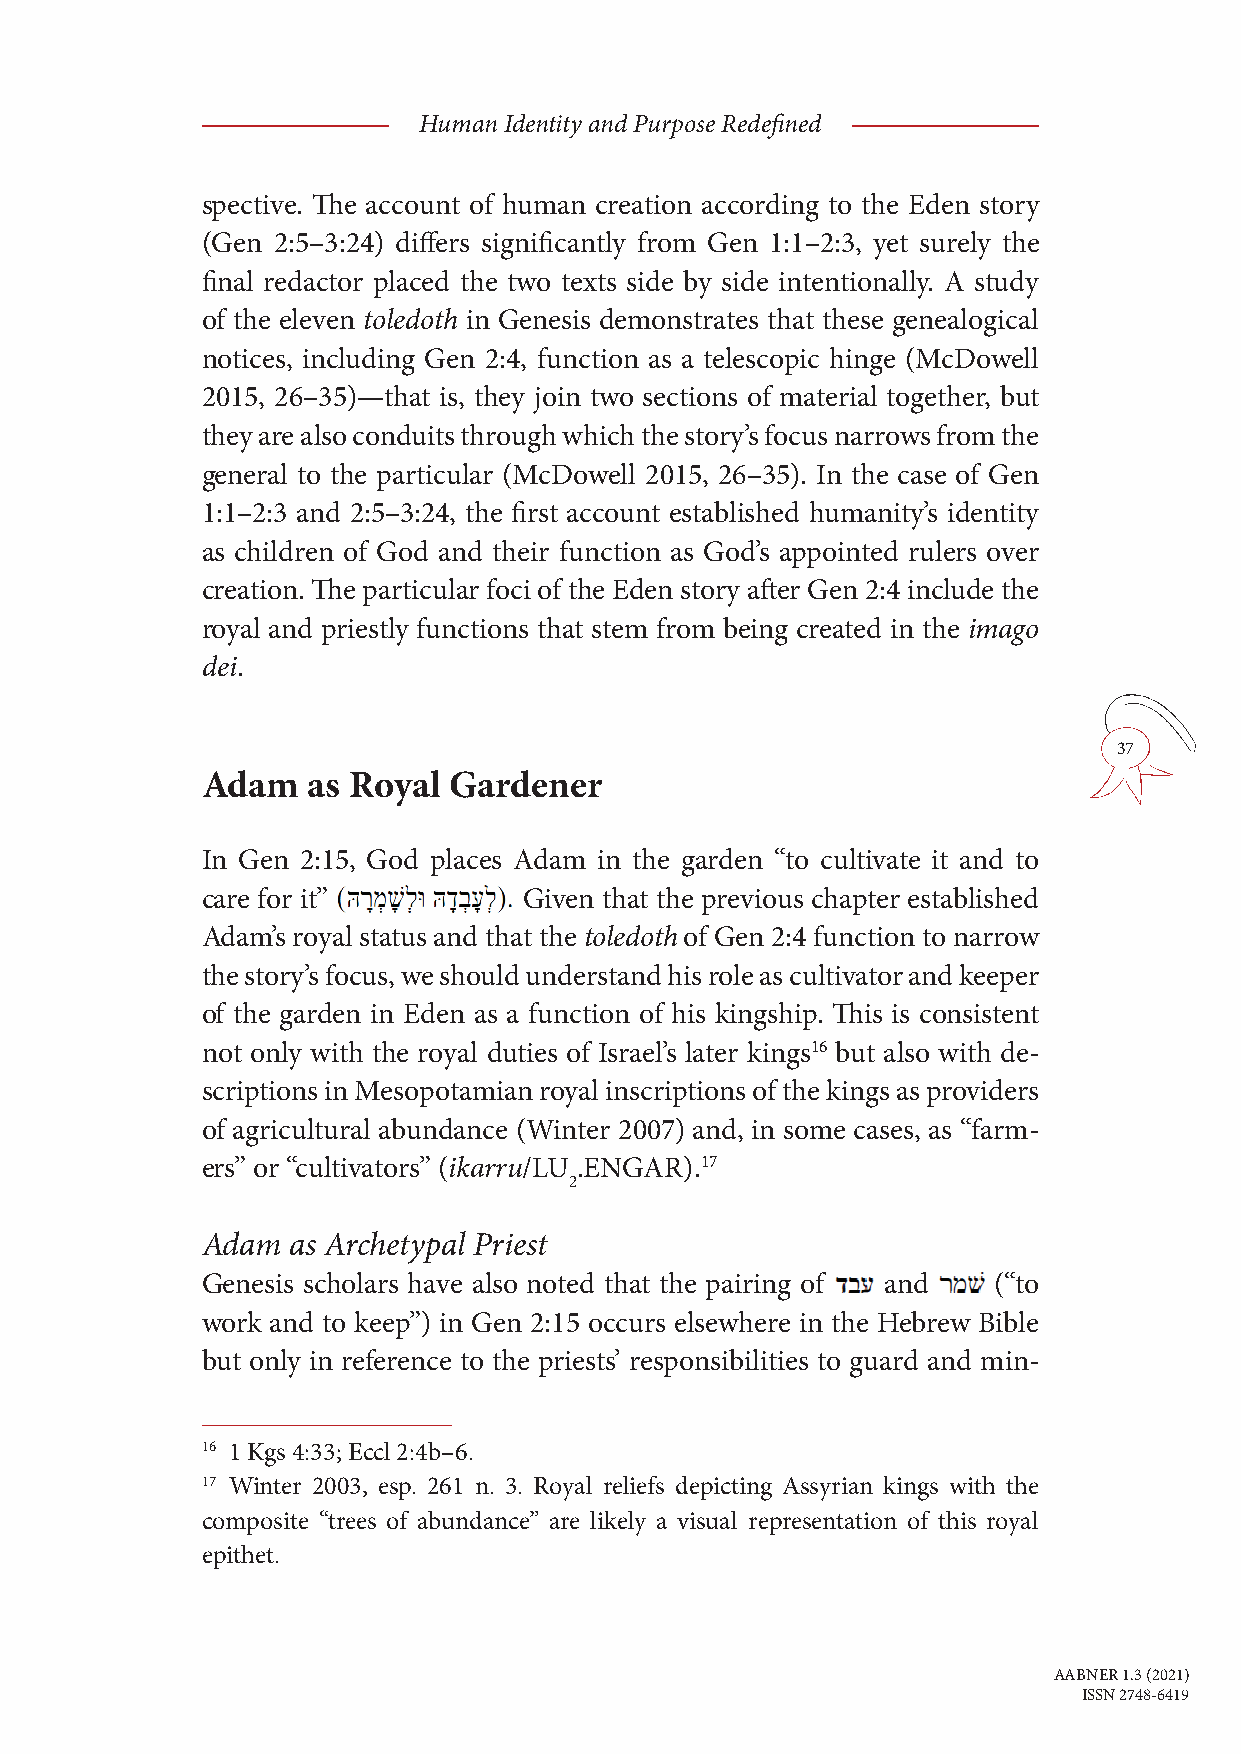
Human Identity and Purpose Redefined
 spective. The account of human creation according to the Eden story
 (Gen 2:5–3:24) differs significantly from Gen 1:1–2:3, yet surely the
 final redactor placed the two texts side by side intentionally. A study
 of the eleven toledoth in Genesis demonstrates that these genealogical
 notices, including Gen 2:4, function as a telescopic hinge (McDowell
 2015, 26–35)—that is, they join two sections of material together, but
 they are also conduits through which the story’s focus narrows from the
 general to the particular (McDowell 2015, 26–35). In the case of Gen
 1:1–2:3 and 2:5–3:24, the first account established humanity’s identity
 as children of God and their function as God’s appointed rulers over
 creation. The particular foci of the Eden story after Gen 2:4 include the
 royal and priestly functions that stem from being created in the imago
 dei.
 37
 Adam   as Royal  Gardener
 In Gen 2:15, God places Adam in the garden “to cultivate it and to
 care for it”          Given that the previous chapter established
 Adam’s royal status and that the toledoth of Gen 2:4 function to narrow
 the story’s focus, we should understand his role as cultivator and keeper
 of the garden in Eden as a function of his kingship. This is consistent
 not only with the royal duties of Israel’s later kings16 but also with de-
 scriptions in Mesopotamian royal inscriptions of the kings as providers
 of agricultural abundance (Winter 2007) and, in some cases, as “farm-
 ers” or “cultivators” (ikarru/LU .ENGAR).17
 2
 Adam  as Archetypal Priest
 Genesis scholars have also noted that the pairing of and (“to
 work and to keep”) in Gen 2:15 occurs elsewhere in the Hebrew Bible
 but only in reference to the priests’ responsibilities to guard and min-
 16 1 Kgs 4:33; Eccl 2:4b–6.
 17 Winter 2003, esp. 261 n. 3. Royal reliefs depicting Assyrian kings with the
 composite “trees of abundance” are likely a visual representation of this royal
 epithet.
 AABNER 1.3 (2021)
 ISSN 2748-6419